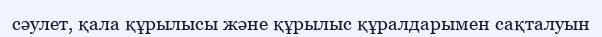
сәулет, қала құрылысы және құрылыс құралдарымен сақталуын